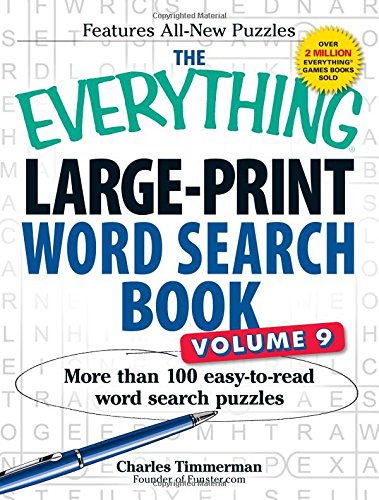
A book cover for The Everything Large-Print Word Search Book, Volume 9: More Than 100 Easy-to-Read Word Search Puzzles; Charles Timmerman; Humor & Entertainment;